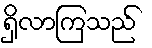
ရှိလာကြသည်